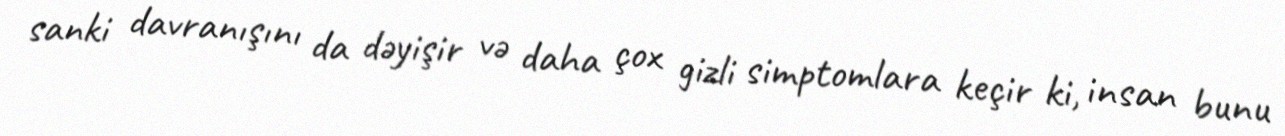
sanki davranışını da dəyişir və daha çox gizli simptomlara keçir ki, insan bunu